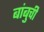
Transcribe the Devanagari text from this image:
बांबुची